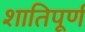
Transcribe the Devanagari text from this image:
शातिपूर्ण